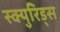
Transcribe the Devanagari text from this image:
स्क्युरिड्स